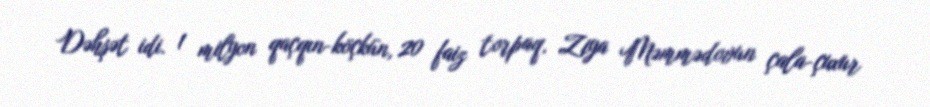
Dəhşət idi. 1 milyon qaçqın-köçkün, 20 faiz torpaq, Ziya Məmmədovun çala-çuxur